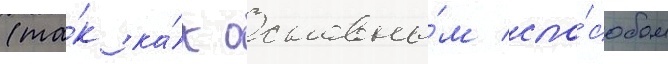
(та́к ка́к основны́м спо́собом